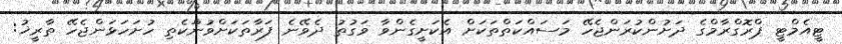
ޓީއެމްޓީ ޕްރޮގްރާމްގެ ދަށުންކުރަންޖެހޭ މަސައްކަތްތަކަށް އެކަށީގެންވާ ވަގުތު ދެވޭނެ ފަރާތަކަށްވުންަކެތި ހުށަހަޅަންޖެހޭ ތާރީޚު: